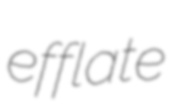
efflate